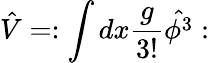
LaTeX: \hat{V}=:\int dx\frac{g}{3!}\hat{\phi^{3}}: